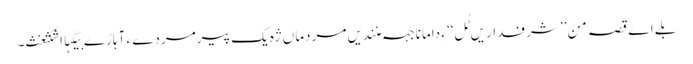
بلے اے قصہ من’’ شرفداریں ٹُل‘‘ ءِ دامانا جہہ منندیں مردماں ژہ یک پیرمردے ءَ آہاڑے بیگہااشکثغث۔